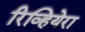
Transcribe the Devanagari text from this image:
रिव्हियेरा